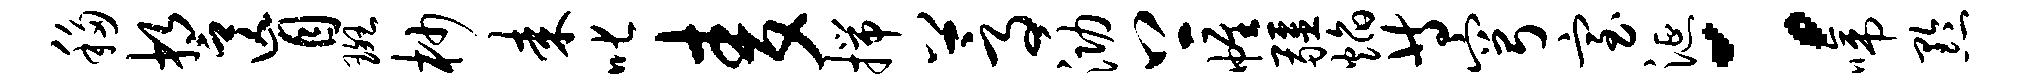
移誓盲斑杪耒叱麦揣蒿泐上帷疆焰等穹室涎：啼黔